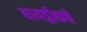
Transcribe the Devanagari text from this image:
हायड्रीकचे